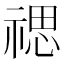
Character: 禗